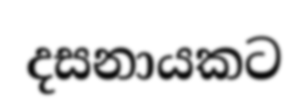
දසනායකට